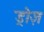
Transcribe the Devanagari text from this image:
ड्रोज़